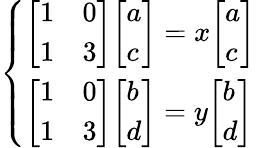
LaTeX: {\left\{ \begin{array}{ll}{{\left[\begin{array}{ll}{1}&{0}\\ {1}&{3}\end{array}\right]}{\left[\begin{array}{l}{a}\\ {c}\end{array}\right]}=x{\left[\begin{array}{l}{a}\\ {c}\end{array}\right]}}\\ {{\left[\begin{array}{ll}{1}&{0}\\ {1}&{3}\end{array}\right]}{\left[\begin{array}{l}{b}\\ {d}\end{array}\right]}=y{\left[\begin{array}{l}{b}\\ {d}\end{array}\right]}}\end{array}\right.}